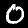
Label: 0